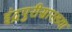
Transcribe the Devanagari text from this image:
इंद्रपुरीसारख्या